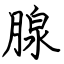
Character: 腺